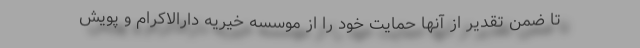
تا ضمن تقدیر از آنها حمایت خود را از موسسه خیریه دارالاکرام و پویش